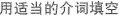
用适当的介词填空